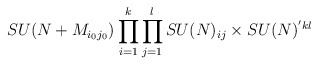
\begin{align*}SU(N + M_{i_{0}j_{0}}) \prod_{i=1}^{k}\prod_{j=1}^{l} SU(N)_{ij} \times SU(N)^{'kl}\end{align*}